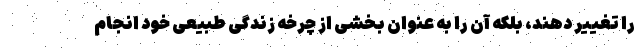
را تغییر دهند، بلکه آن را به عنوان بخشی از چرخه زندگی طبیعی خود انجام